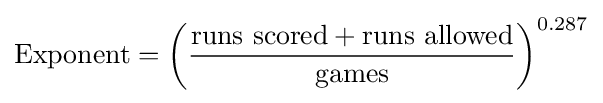
{\text{Exponent}}=\left({\frac {{\text{runs scored}}+{\text{runs allowed}}}{\text{games}}}\right)^{0.287}